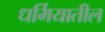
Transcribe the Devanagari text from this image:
धर्मियातील